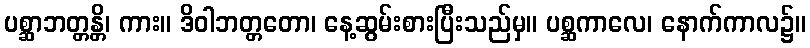
ပစ္ဆာဘတ္တန္တိ၊ ကား။ ဒိဝါဘတ္တတော၊ နေ့ဆွမ်းစားပြီးသည်မှ။ ပစ္ဆကာလေ၊ နောက်ကာလ၌။